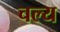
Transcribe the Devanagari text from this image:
चल्य